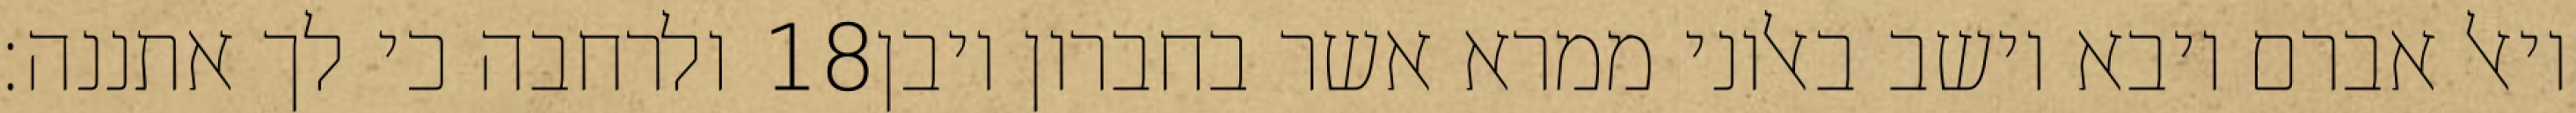
ולרחבה כי לך אתננה׃ ‎18‏ ויאל אברם ויבא וישב באלוני ממרא אשר בחברון ויבן